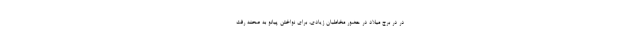
در در برج میلاد در حضور مخاطبان زیادی، برای نواختن پیانو به صحنه رفت